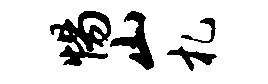
惕山札